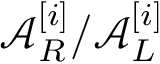
\mathcal { A } _ { R } ^ { [ i ] } / \mathcal { A } _ { L } ^ { [ i ] }